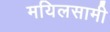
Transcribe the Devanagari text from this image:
मयिलसामी